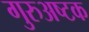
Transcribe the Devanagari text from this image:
गुरुअष्टक